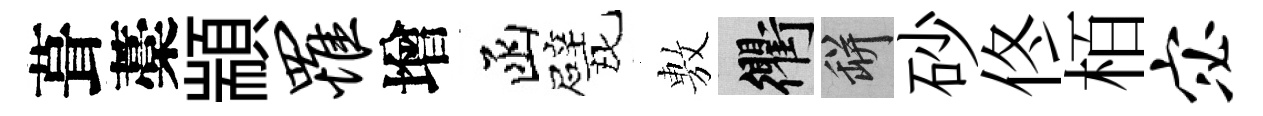
葺藁顓罹增函甓𢾾衢瓶砂佟栢宓